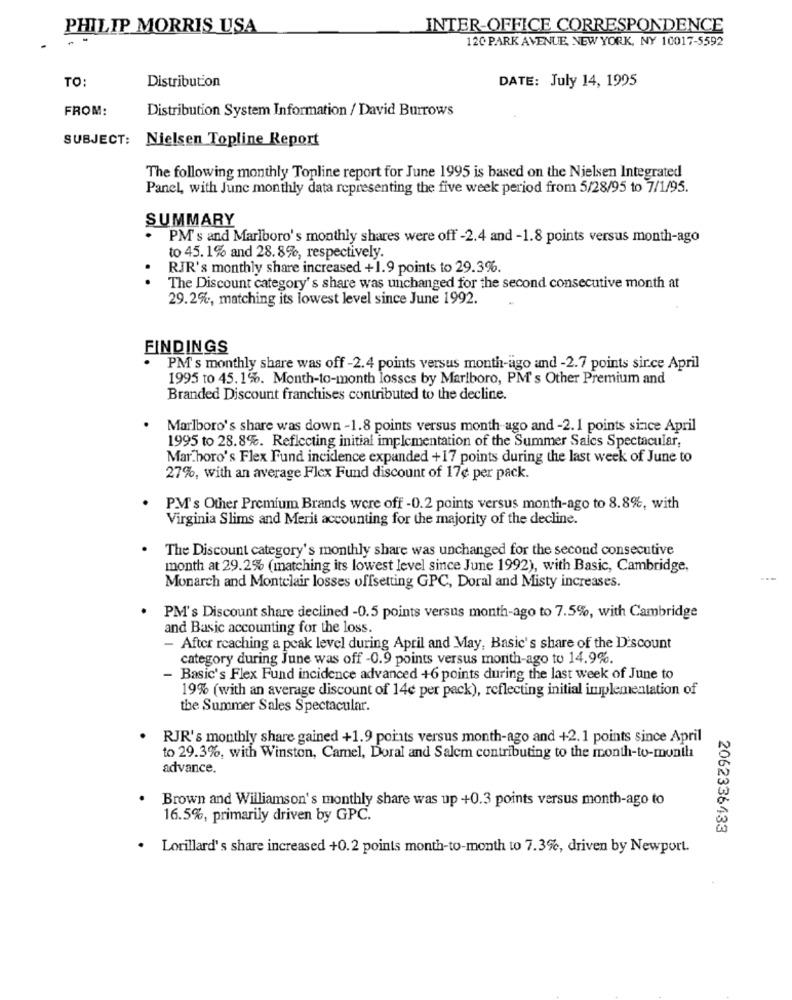
PHILIP MORRIS USA
INTER-OFFICE CORRESPONDENCE
120 PARK AVENUE, NEW YORK, NY 10017-5592
TO:
DATE: July 14, 1995
Distribution
FROM:
Distribution System Information / David Burrows
SUBJECT: Nielsen Topline Report
The following monthly Topline report for June 1995 is based on the Nielsen Integrated
Panel, with June monthly data representing the five week period from 5/28/95 to 7/1/95.
SUMMARY
PM's and Marlboro's monthly shares were off -2.4 and -1.8 points versus month-ago
to 45. 1% and 28.8%, respectively.
RJR's monthly share increased +1.9 points to 29.3%.
..
The Discount category's share was unchanged for the second consecutive month at
29.2%, matching its lowest level since June 1992.
FINDINGS
PM's monthly share was off -2.4 points versus month-ago and -2.7 points since April
1995 to 45.1%. Month-to-month losses by Marlboro, PM's Other Premium and
Branded Discount franchises contributed to the decline.
Marlboro's share was down -1.8 points versus month ago and -2. 1 points since April
1995 to 28.8%. Reflecting initial implementation of the Summer Sales Spectacular,
Mar.boro's Flex Fund incidence expanded +17 points during the last week of June to
27%, with an average Flex Fund discount of 17¢ per pack.
PM's Other Premium Brands were off -0.2 points versus month-ago to 8.8%, with
Virginia Slims and Merit accounting for the majority of the decline.
The Discount category's monthly share was unchanged for the second consecutive
month at 29.2% (matching its lowest level since June 1992), with Basic, Cambridge,
Monarch and Montclair losses offsetting GPC, Doral and Misty increases.
PM's Discount share declined -0.5 points versus month-ago to 7.5%, with Cambridge
and Basic accounting for the loss.
- After reaching a peak level during April and May, Basic's share of the Discount
category during June was off -0.9 points versus month-ago to 14.9%.
Basic's Flex Fund incidence advanced +6 points during the last week of June to
19% (with an average discount of 14¢ per pack), reflecting initial implementation of
the Summer Sales Spectacular.
RJR's monthly share gained +1.9 points versus month-ago and +2.1 points since April
to 29.3%, with Winston, Camel, Doral and Salem contributing to the month-to-month
advance.
Brown and Williamson's monthly share was up +0.3 points versus month-ago to
16.5%, primarily driven by GPC.
2062336433
. Lorillard's share increased +0.2 points month-to-month to 7.3%, driven by Newport.